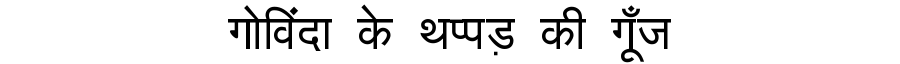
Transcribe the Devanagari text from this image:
गोविंदा के थप्पड़ की गूँज